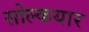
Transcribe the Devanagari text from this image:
सोल्कयार